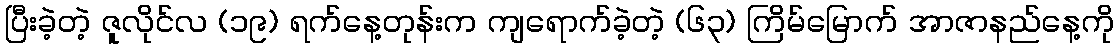
ပြီးခဲ့တဲ့ ဇူလိုင်လ (၁၉) ရက်နေ့တုန်းက ကျရောက်ခဲ့တဲ့ (၆၃) ကြိမ်မြောက် အာဇာနည်နေ့ကို